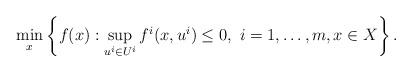
LaTeX: \begin{align*}\min_x \left\{ f(x) : \sup_{u^i \in U^i} f^i(x,u^i) \leq 0,\ i =1,\ldots,m,x \in X \right\}.\end{align*}